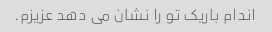
اندام باریک تو را نشان می دهد عزیزم.